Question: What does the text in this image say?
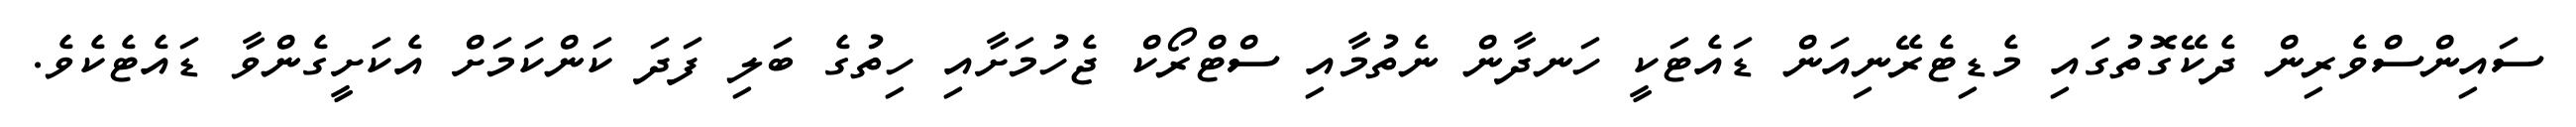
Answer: ސައިންސްވެރިން ދެކޭގޮތުގައި މެޑިޓެރޭނިއަން ޑައެޓަކީ ހަނދާން ނެތުމާއި ސްޓްރޯކް ޖެހުމަށާއި ހިތުގެ ބަލި ފަދަ ކަންކަމަށް އެކަށީގެންވާ ޑައެޓެކެވެ.